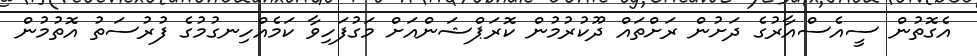
އެގޮތުން ސީއެސްއާރުގެ ދަށުން ރަށްތައް ދޫކުރުމުން ކޮރަޕްޝަންއަށް މަގުފަހިވާ ކަމެއްހިނގުމުގެ ފުރުސަތު އޮތުމުން